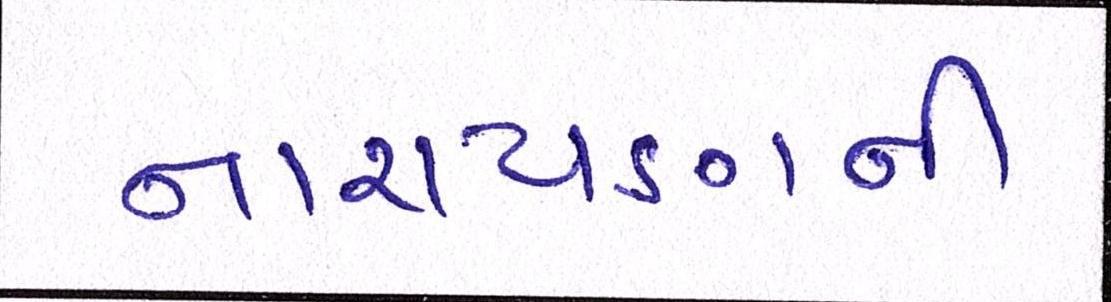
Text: નારાયણની